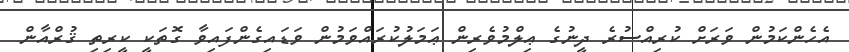
އެހެންކަމުން ވަރަށް ކުރިއްސުރެ ދީނުގެ ޢިލްމުވެރިން ޢަމަލުކުރައްވަމުން ވަޑައިގެންފައިވާ ގޮތަކީ ކީރިތި ޤުރްއާން